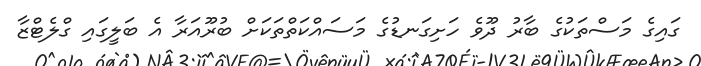
ގައިގެ މަސްތަކުގެ ބާރު ދޫވެ ހަށިގަނޑުގެ މަސައްކަތްތަކަށް ބުރޫއަރާ އެ ބަލީގައި ގްލެޓްޒާ